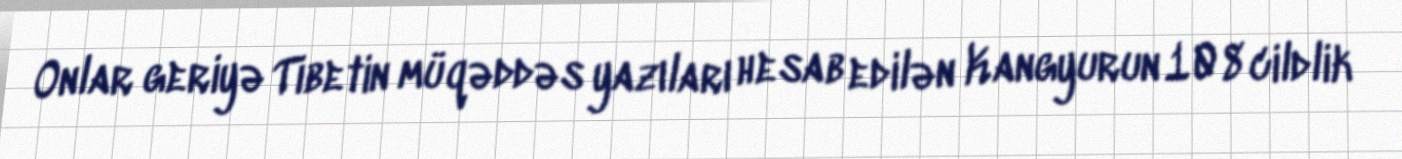
Onlar geriyə Tibetin müqəddəs yazıları hesab edilən Kangyurun 108 cildlik